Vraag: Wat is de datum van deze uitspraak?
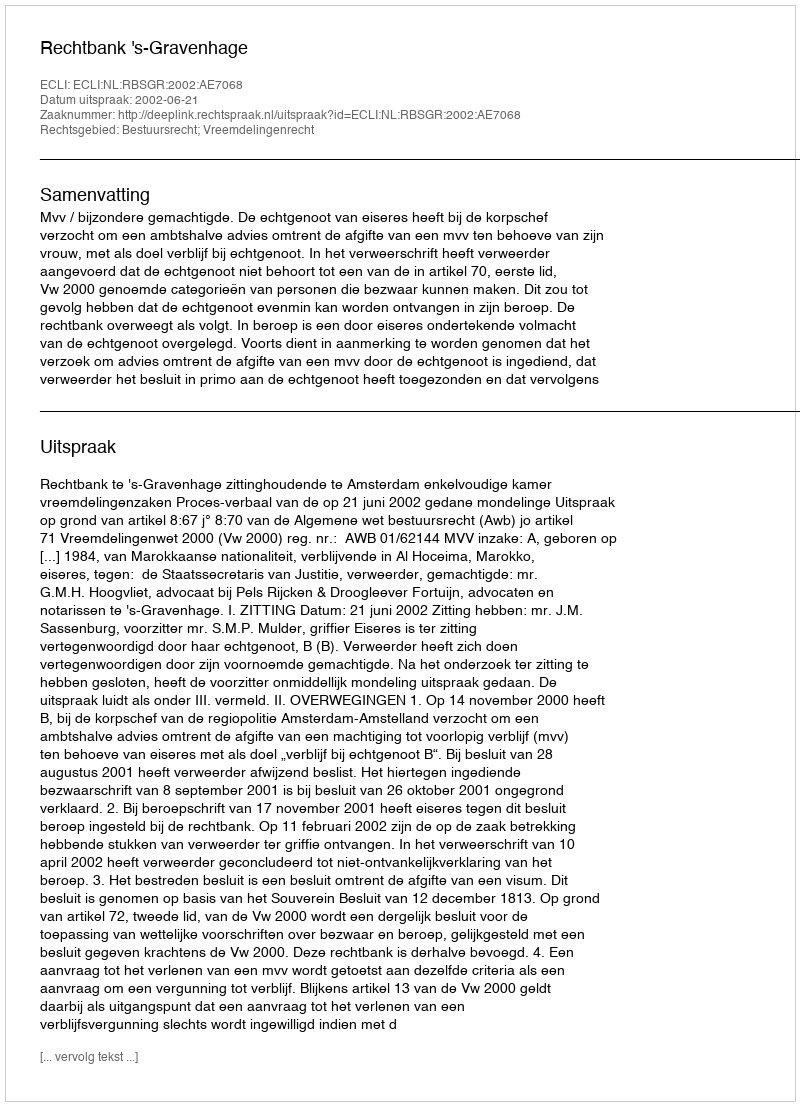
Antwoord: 2002-06-21